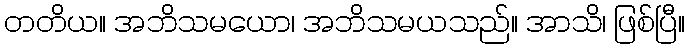
တတိယ။ အဘိသမယော၊ အဘိသမယသည်။ အာသိ၊ ဖြစ်ပြီ။